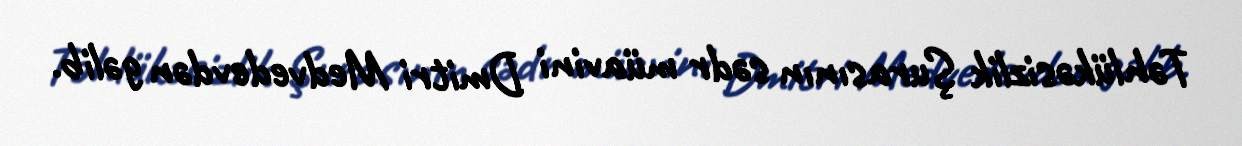
Təhlükəsizlik Şurasının sədr müavini Dmitri Medvedevdən gəlib.